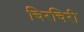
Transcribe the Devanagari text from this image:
चिरचिरी